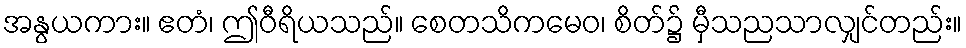
အနွယကား။ ဧတံ၊ ဤဝီရိယသည်။ စေတသိကမေဝ၊ စိတ်၌ မှီသညသာလျှင်တည်း။